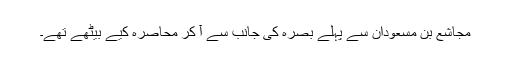
مجاشع بن مسعودان سے پہلے بصرہ کی جانب سے آ کر محاصرہ کیے بیٹھے تھے۔